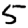
Digit: 5